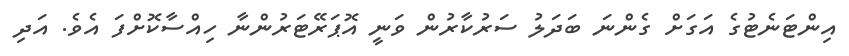
އިންޓަނެޓުގެ އަގަށް ގެންނަ ބަދަލު ސަރުކާރުން ވަނީ އޮޕަރޭޓަރުންނާ ހިއްސާކޮށްފަ އެވެ. އަދި